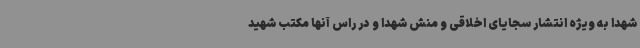
شهدا به ویژه انتشار سجایای اخلاقی و منش شهدا و در راس آنها مکتب شهید